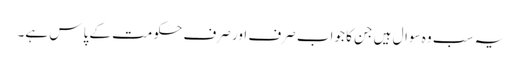
یہ سب وہ سوال ہیں جن کا جواب صرف اور صرف حکومت کے پاس ہے۔